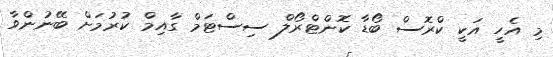
މި އެހީ އަކީ ކްރޮސް ބޯޑާ ކޮންޓްރޯލް ސިސްޓަމް ގާއިމް ކުރުމަށް ބޭނުންވާ